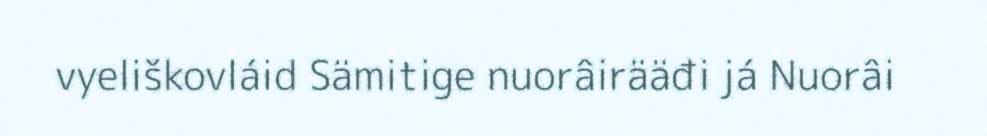
vyeliškovláid Sämitige nuorâirääđi já Nuorâi